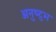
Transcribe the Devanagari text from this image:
अनुष्‍टुभ